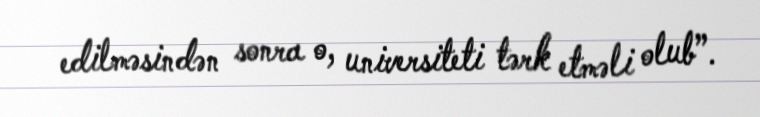
edilməsindən sonra o, universiteti tərk etməli olub”.